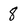
Character: 8